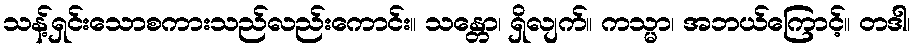
သန့်ရှင်းသောစကားသည်လည်းကောင်း။ သန္တော၊ ရှိလျက်။ ကသ္မာ၊ အဘယ်ကြောင့်။ တဒါ၊